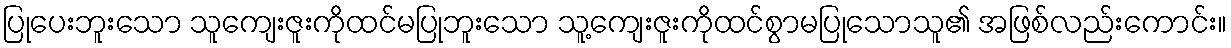
ပြုပေးဘူးသော သူကျေးဇူးကိုထင်မပြုဘူးသော သူ့ကျေးဇူးကိုထင်စွာမပြုသောသူ၏ အဖြစ်လည်းကောင်း။